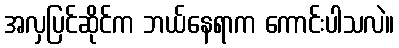
အလှပြင်ဆိုင်က ဘယ်နေရာက ကောင်းပါသလဲ။